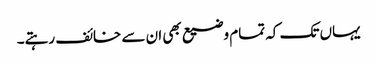
یہاں تک کہ تمام وضیع بھی ان سے خائف رہتے۔